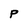
Character: p